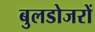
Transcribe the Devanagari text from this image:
बुलडोजरों